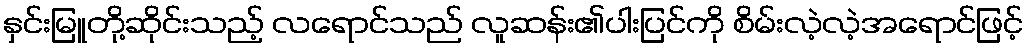
နှင်းမြူတို့ဆိုင်းသည့် လရောင်သည် လူဆန်း၏ပါးပြင်ကို စိမ်းလဲ့လဲ့အရောင်ဖြင့်